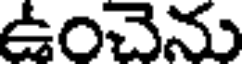
ఉంచెను